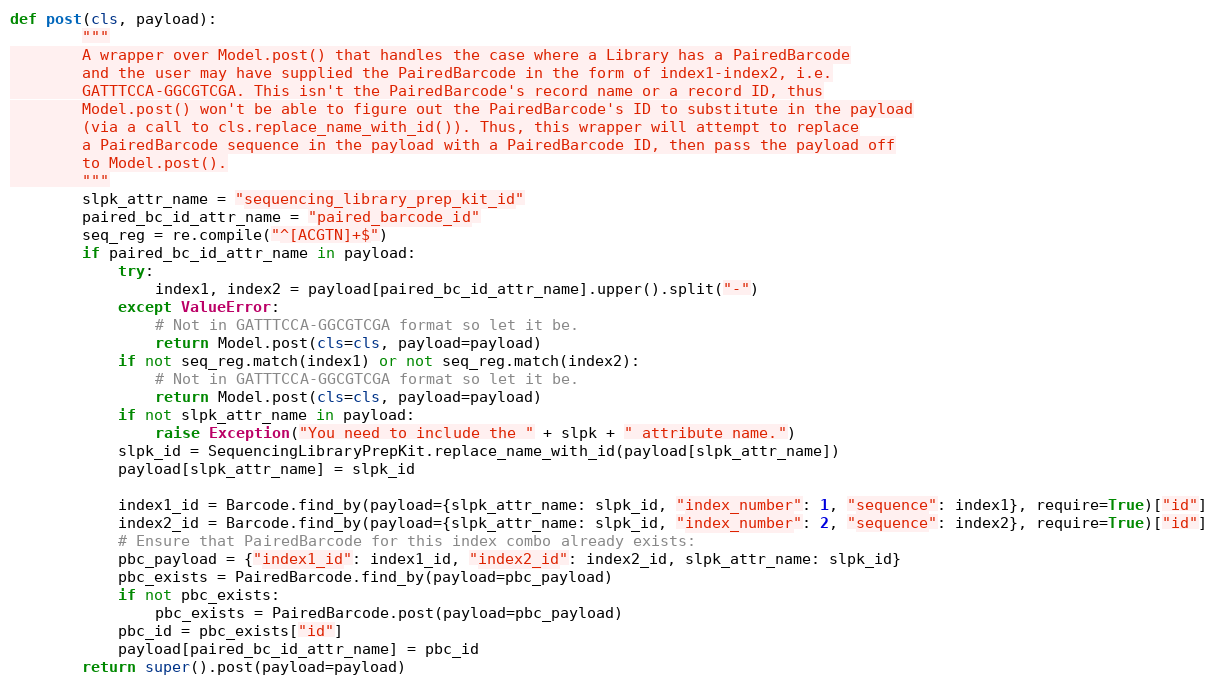
Language: Python
def post(cls, payload):
        """
        A wrapper over Model.post() that handles the case where a Library has a PairedBarcode
        and the user may have supplied the PairedBarcode in the form of index1-index2, i.e.
        GATTTCCA-GGCGTCGA. This isn't the PairedBarcode's record name or a record ID, thus
        Model.post() won't be able to figure out the PairedBarcode's ID to substitute in the payload
        (via a call to cls.replace_name_with_id()). Thus, this wrapper will attempt to replace
        a PairedBarcode sequence in the payload with a PairedBarcode ID, then pass the payload off
        to Model.post().
        """
        slpk_attr_name = "sequencing_library_prep_kit_id"
        paired_bc_id_attr_name = "paired_barcode_id"
        seq_reg = re.compile("^[ACGTN]+$")
        if paired_bc_id_attr_name in payload:
            try:
                index1, index2 = payload[paired_bc_id_attr_name].upper().split("-")
            except ValueError:
                # Not in GATTTCCA-GGCGTCGA format so let it be.
                return Model.post(cls=cls, payload=payload)
            if not seq_reg.match(index1) or not seq_reg.match(index2):
                # Not in GATTTCCA-GGCGTCGA format so let it be.
                return Model.post(cls=cls, payload=payload)
            if not slpk_attr_name in payload:
                raise Exception("You need to include the " + slpk + " attribute name.")
            slpk_id = SequencingLibraryPrepKit.replace_name_with_id(payload[slpk_attr_name])
            payload[slpk_attr_name] = slpk_id

            index1_id = Barcode.find_by(payload={slpk_attr_name: slpk_id, "index_number": 1, "sequence": index1}, require=True)["id"]
            index2_id = Barcode.find_by(payload={slpk_attr_name: slpk_id, "index_number": 2, "sequence": index2}, require=True)["id"]
            # Ensure that PairedBarcode for this index combo already exists:
            pbc_payload = {"index1_id": index1_id, "index2_id": index2_id, slpk_attr_name: slpk_id}
            pbc_exists = PairedBarcode.find_by(payload=pbc_payload)
            if not pbc_exists:
                pbc_exists = PairedBarcode.post(payload=pbc_payload)
            pbc_id = pbc_exists["id"]
            payload[paired_bc_id_attr_name] = pbc_id
        return super().post(payload=payload)